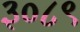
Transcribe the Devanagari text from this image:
३०८९